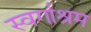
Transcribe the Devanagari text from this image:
स्‍वर्गाश्रम